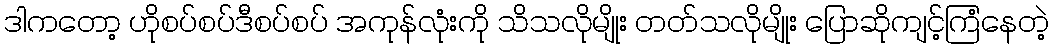
ဒါကတော့ ဟိုစပ်စပ်ဒီစပ်စပ် အကုန်လုံးကို သိသလိုမျိုး တတ်သလိုမျိုး ပြောဆိုကျင့်ကြံနေတဲ့